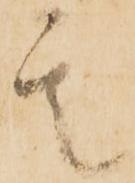
其